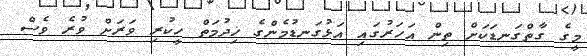
މީގެ ގާތްގަނޑަކަށް ތިން އަހަރުގައި އަޅުގަނޑުމެންގެ ޚިދުމަތް ހީކުރި ވަރަށް ވުރެ ވެސް